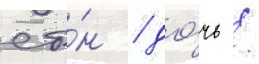
сы́н / до́чь /